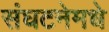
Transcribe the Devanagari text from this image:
संघटनेमधे